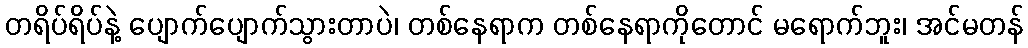
တရိပ်ရိပ်နဲ့ ပျောက်ပျောက်သွားတာပဲ၊ တစ်နေရာက တစ်နေရာကိုတောင် မရောက်ဘူး၊ အင်မတန်